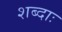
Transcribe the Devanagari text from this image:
शब्दाः